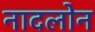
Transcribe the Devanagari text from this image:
नादलोन